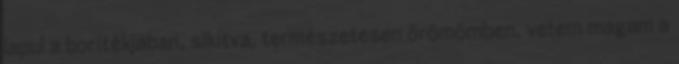
lapul a borítékjában, sikítva, természetesen örömömben, vetem magam a